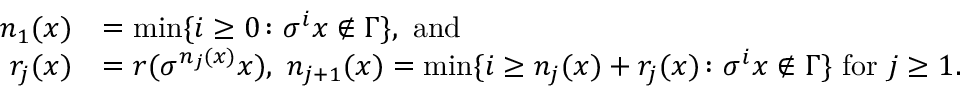
\begin{array} { r l } { n _ { 1 } ( x ) } & { = \operatorname* { m i n } \{ i \geq 0 \colon \sigma ^ { i } x \notin \Gamma \} , \mathrm { ~ a n d ~ } } \\ { r _ { j } ( x ) } & { = r ( \sigma ^ { n _ { j } ( x ) } x ) , \ n _ { j + 1 } ( x ) = \operatorname* { m i n } \{ i \geq n _ { j } ( x ) + r _ { j } ( x ) \colon \sigma ^ { i } x \notin \Gamma \} \mathrm { ~ f o r ~ } j \geq 1 . } \end{array}